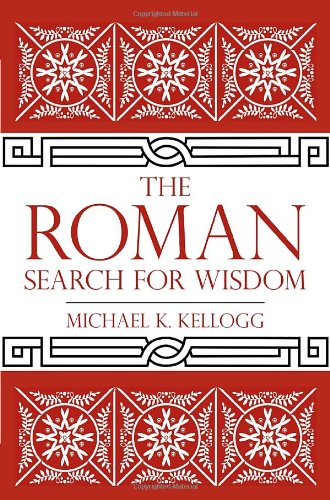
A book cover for The Roman Search for Wisdom; Michael K. Kellogg; Literature & Fiction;